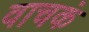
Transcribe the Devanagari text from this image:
वाचकं